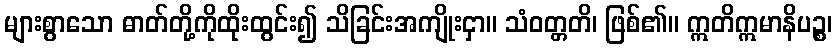
များစွာသော ဓာတ်တို့ကိုထိုးထွင်း၍ သိခြင်းအကျိုးငှာ။ သံဝတ္တတိ၊ ဖြစ်၏။ ဣတိဣမာနိပဉ္စ၊